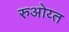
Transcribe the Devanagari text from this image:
रुओय्त